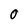
Character: 0